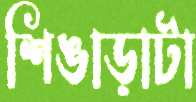
শিঙাড়াটা